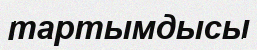
тартымдысы